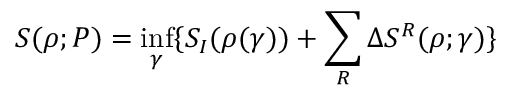
S ( \rho ; P ) = \operatorname* { i n f } _ { \gamma } \{ S _ { I } ( \rho ( \gamma ) ) + \sum _ { R } \Delta S ^ { R } ( \rho ; \gamma ) \}